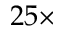
2 5 \times